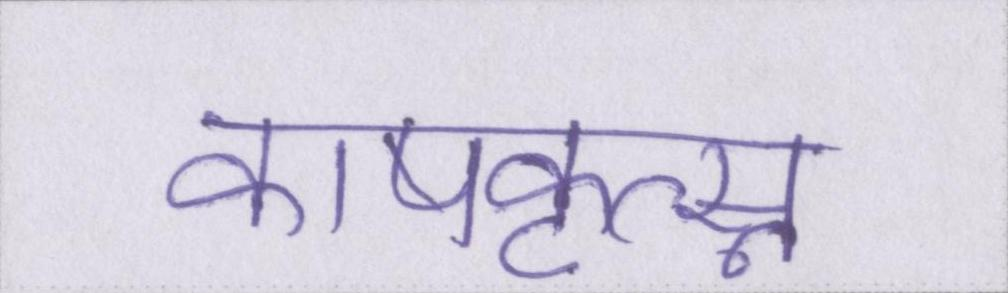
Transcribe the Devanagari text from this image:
काषकृत्स्न